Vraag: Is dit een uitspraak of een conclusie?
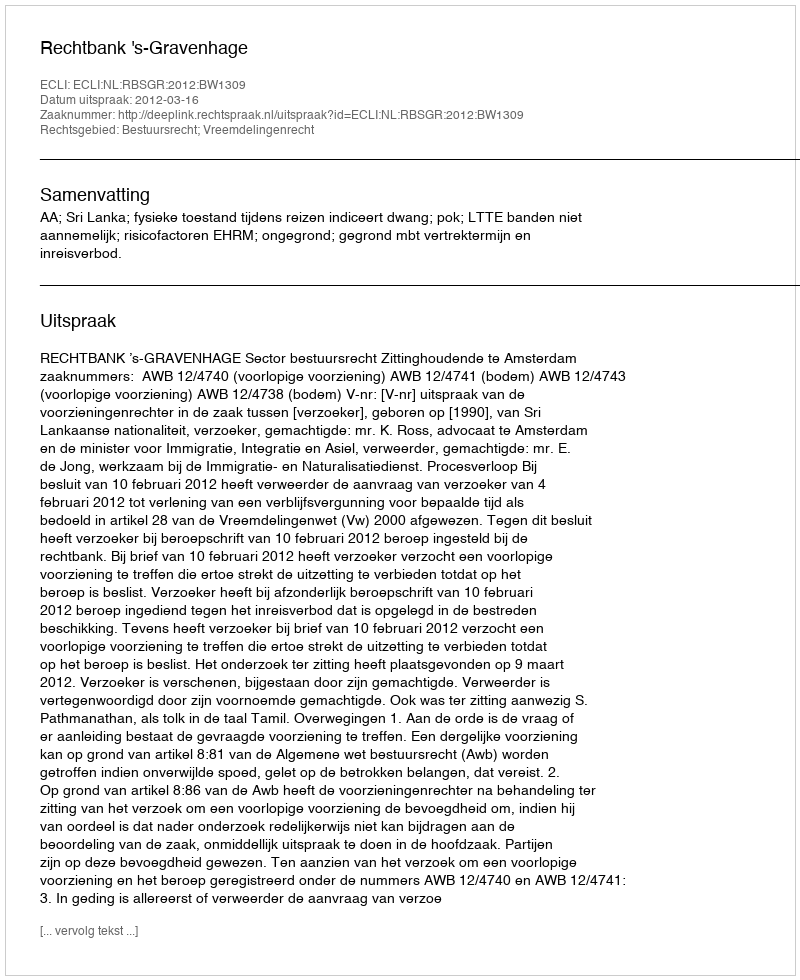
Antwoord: Uitspraak